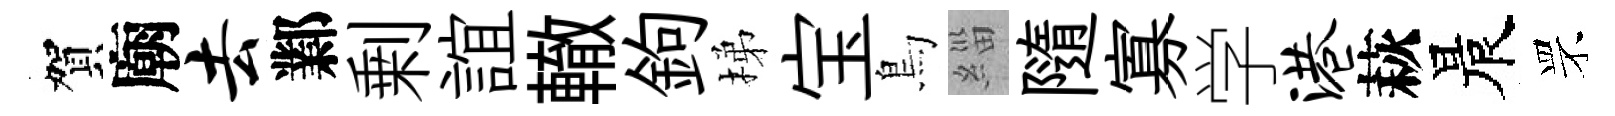
賀廟去鄴剰誼轍鉤梯宝鳥緇隨寡学港萩晨罘